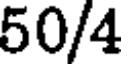
50/4